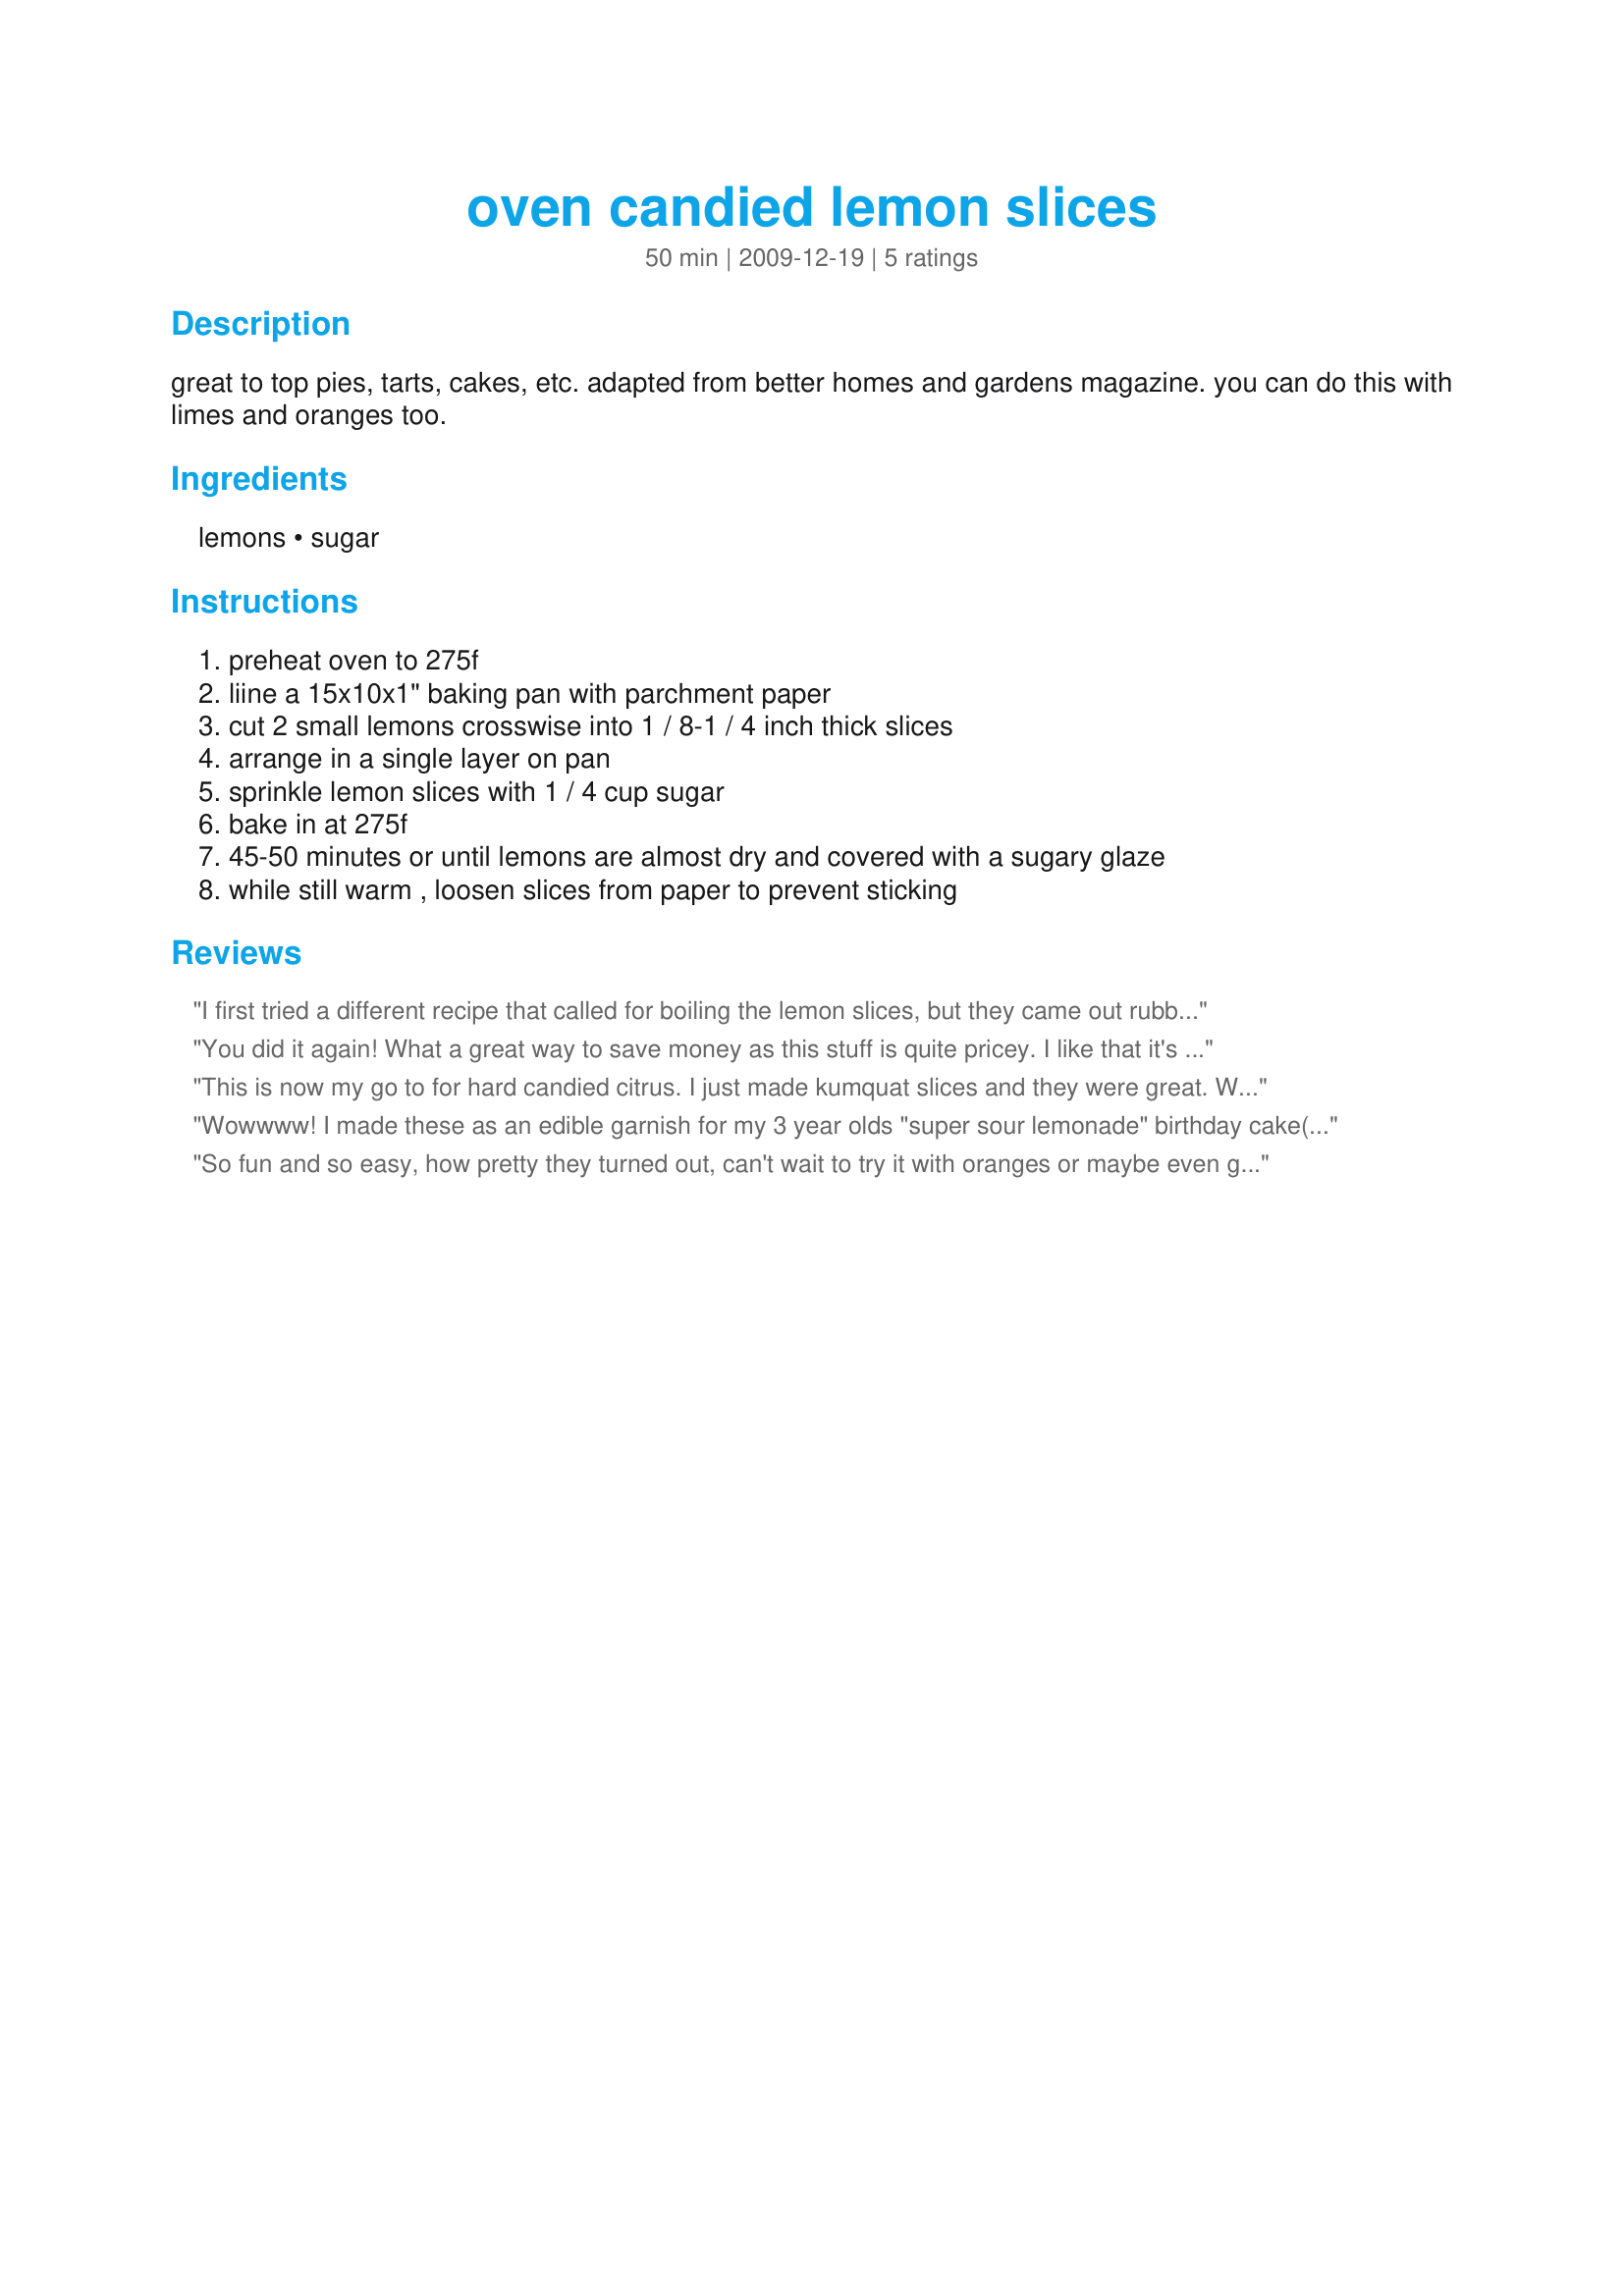
oven candied lemon slices
Preparation time: 50 minutes

great to top pies, tarts, cakes, etc. adapted from better homes and gardens magazine. you can do this with limes and oranges too.

Ingredients:
lemons, sugar

Steps:
preheat oven to 275f, liine a 15x10x1" baking pan with parchment paper, cut 2 small lemons crosswise into 1 / 8-1 / 4 inch thick slices, arrange in a single layer on pan, sprinkle lemon slices with 1 / 4 cup sugar, bake in at 275f, 45-50 minutes or until lemons are almost dry and covered with a sugary glaze, while still warm , loosen slices from paper to prevent sticking

Reviews:
I first tried a different recipe that called for boiling the lemon slices, but they came out rubbery and extremely bitter. So I tried this instead and I love the results. They look like little stained glass lemon slices. They were sour but not bitter and the rind was chewy and delicious!
You did it again! What a great way to save money as this stuff is quite pricey. I like that it's done quite fast, compared to oven sun dried tomatoes. Some might light more sugar, but it can be dipped in sugar later.I've already dried apples in the oven, now lemons and I wonder what else can I try? I'll do the limes and oranges as well. Thanks, Sharon.
This is now my go to for hard candied citrus. I just made kumquat slices and they were great. What I like is the simplicity of this recipe. All the others I found are very fussy and time consuming.
Wowwww! I made these as an edible garnish for my 3 year olds "super sour lemonade" birthday cake(she loves Olivia cartoons). They were beautiful, so simple to make and super tasty. After they came out of the oven, I crusted them with sanding sugar for a beautiful look and crunchy texture.; then sliced them in half and used them around the bottom edge of the cake. Everyone loved them and thought I must have spent all day making them.
So fun and so easy, how pretty they turned out, can't wait to try it with oranges or maybe even grapefruit
